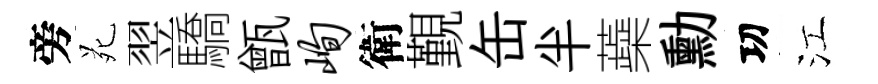
旁苑翌驕甑峋衛覲缶半蘃勳㓛江